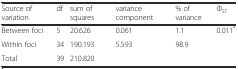
<table><thead><tr><td><b>Source of variation</b></td><td><b>df</b></td><td><b>sum of squares</b></td><td><b>variance component</b></td><td><b>% of variance</b></td><td><b>Φ<sub>ST</sub></b></td></tr></thead><tbody><tr><td>Between foci</td><td>5</td><td>20.626</td><td>0.061</td><td>1.1</td><td rowspan="2">0.011<sup>*</sup></td></tr><tr><td>Within foci</td><td>34</td><td>190.193</td><td>5.593</td><td>98.9</td></tr><tr><td>Total</td><td>39</td><td>210.820</td><td></td><td></td><td></td></tr></tbody></table>